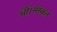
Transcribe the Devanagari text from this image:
थीं।संस्कृत